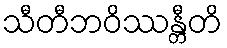
သီတီဘဝိဿန္တီတိ